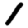
Digit: 1